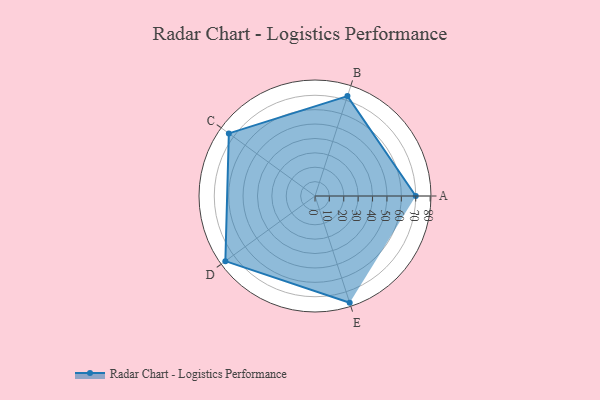
{"axis": {"x": "Skill", "y": "Score"}, "legend": ["Profile"], "data": [{"x": "A", "y": 70.0, "type": "Profile"}, {"x": "B", "y": 73.0, "type": "Profile"}, {"x": "C", "y": 74.0, "type": "Profile"}, {"x": "D", "y": 77.0, "type": "Profile"}, {"x": "E", "y": 78.0, "type": "Profile"}]}